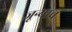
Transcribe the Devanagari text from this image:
जून्याच